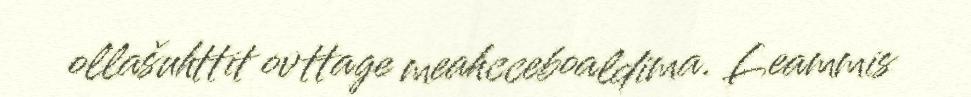
ollašuhttit ovttage meahcceboaldima. Leammis